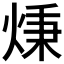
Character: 𤊔